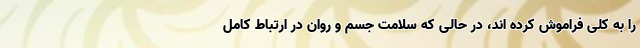
را به کلی فراموش کرده اند، در حالی که سلامت جسم و روان در ارتباط کامل